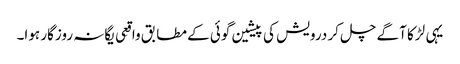
یہی لڑکا آگے چل کر درویش کی پیشین گوئی کے مطابق واقِعی یگانہ روزگار ہوا۔